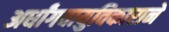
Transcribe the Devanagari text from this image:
अर्धांगवायुविकाराने